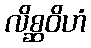
လိစ္ဆဝိဟံ